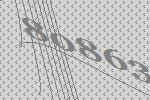
80863